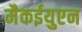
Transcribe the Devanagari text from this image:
मैकईयुएन